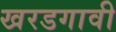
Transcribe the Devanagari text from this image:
खरडगावी